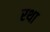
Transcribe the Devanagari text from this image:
रथा